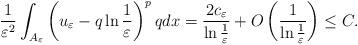
LaTeX: \begin{align*}\frac{1}{\varepsilon^2}\int_{A_\varepsilon}\left (u_\varepsilon-q\ln\frac{1}{\varepsilon}\right )^{p}qdx=\frac{2c_\varepsilon}{\ln\frac{1}{\varepsilon}}+O\left (\frac{1}{\ln\frac{1}{\varepsilon}}\right )\leq C.\end{align*}